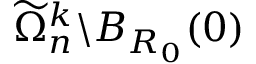
\widetilde \Omega _ { n } ^ { k } \backslash B _ { R _ { 0 } } ( 0 )